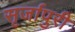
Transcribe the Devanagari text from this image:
सृर्जापुरी